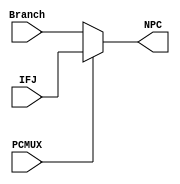
/* cpuPC*/
module NPC (input [31:0] Branch, // pc+4 or branch
            input [31:0] IFJ,
            input PCMUX,
            output [31:0] NPC);
assign NPC = (PCMUX == 1'b0 ? Branch : IFJ);
endmodule